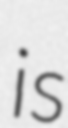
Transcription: is